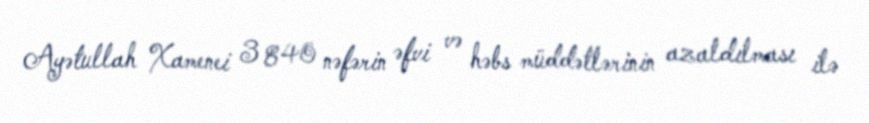
Ayətullah Xamenei 3 840 nəfərin əfvi və həbs müddətlərinin azaldılması ilə